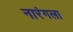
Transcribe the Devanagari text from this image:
नारंगला